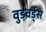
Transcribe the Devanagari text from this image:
वुडवर्ड्स